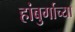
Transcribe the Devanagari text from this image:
हांबुर्गाच्या